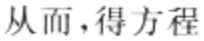
从而，得方程